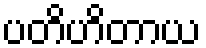
ပတိဟိတာယ